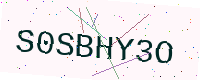
Text: S0SBHY3O